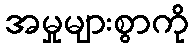
အမှုများစွာကို